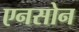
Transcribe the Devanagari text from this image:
एनसोन